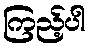
ကြည့်ပါ